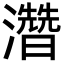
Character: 濳